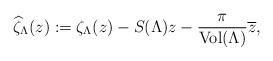
LaTeX: \begin{align*}\widehat{\zeta}_\Lambda(z):=\zeta_\Lambda(z)-S(\Lambda)z-\frac{\pi}{\operatorname{Vol}(\Lambda)}\overline{z},\end{align*}